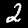
Label: 2